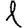
Digit: 1